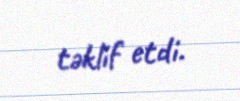
təklif etdi.